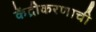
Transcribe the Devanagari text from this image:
केंद्रीकरणाची